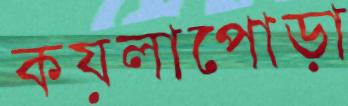
কয়লাপোড়া